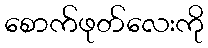
စောက်ဖုတ်လေးကို